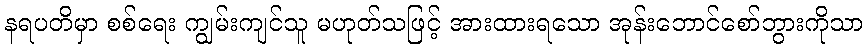
နရပတိမှာ စစ်ရေး ကျွမ်းကျင်သူ မဟုတ်သဖြင့် အားထားရသော အုန်းဘောင်စော်ဘွားကိုသာ